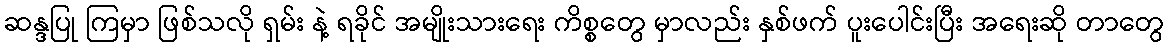
ဆန္ဒပြု ကြမှာ ဖြစ်သလို ရှမ်း နဲ့ ရခိုင် အမျိုးသားရေး ကိစ္စတွေ မှာလည်း နှစ်ဖက် ပူးပေါင်းပြီး အရေးဆို တာတွေ